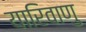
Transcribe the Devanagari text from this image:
यारिवाणु